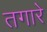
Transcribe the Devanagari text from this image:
तगारे